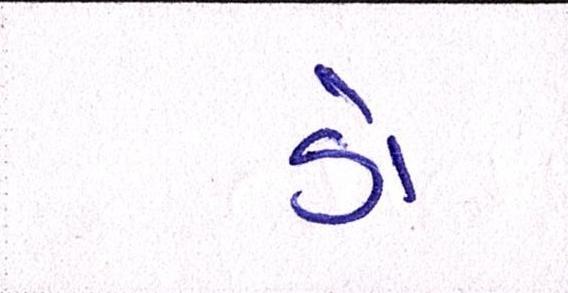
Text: ડૉ